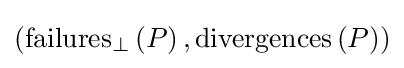
\left(\mathrm {failures} _{\perp }\left(P\right),\mathrm {divergences} \left(P\right)\right)